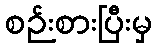
စဉ်းစားပြီးမှ